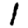
Digit: 1